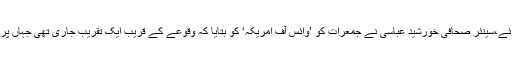
اِس سلسلے میں وڈیو رپورٹ کا پسِ منظر بتاتے ہوئے،سینئر صحافی خورشید عباسی نے جمعرات کو ’وائس آف امریکہ‘ کو بتایا کہ وقوعے کے قریب ایک تقریب جاری تھی جہاں پر ایک نجی ٹیلی ویژن چینل کا کیمرہ مین موجود تھا۔